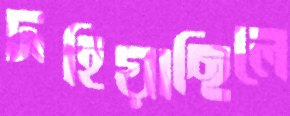
দহিয়াছিলে